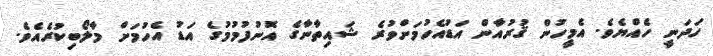
ހަދަނީ ހެއްޔެވެ. އެމީހުން ޤުރުއާން އަޑުއެހުމަށްވުރެ ޝައިތާނާގެ އޮނުފުމުމުގެ އަޑު އެހުމަށް މާލޯބިކުރެއެވެ.